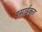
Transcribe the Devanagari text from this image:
इसाईकृत